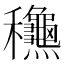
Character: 𥤚